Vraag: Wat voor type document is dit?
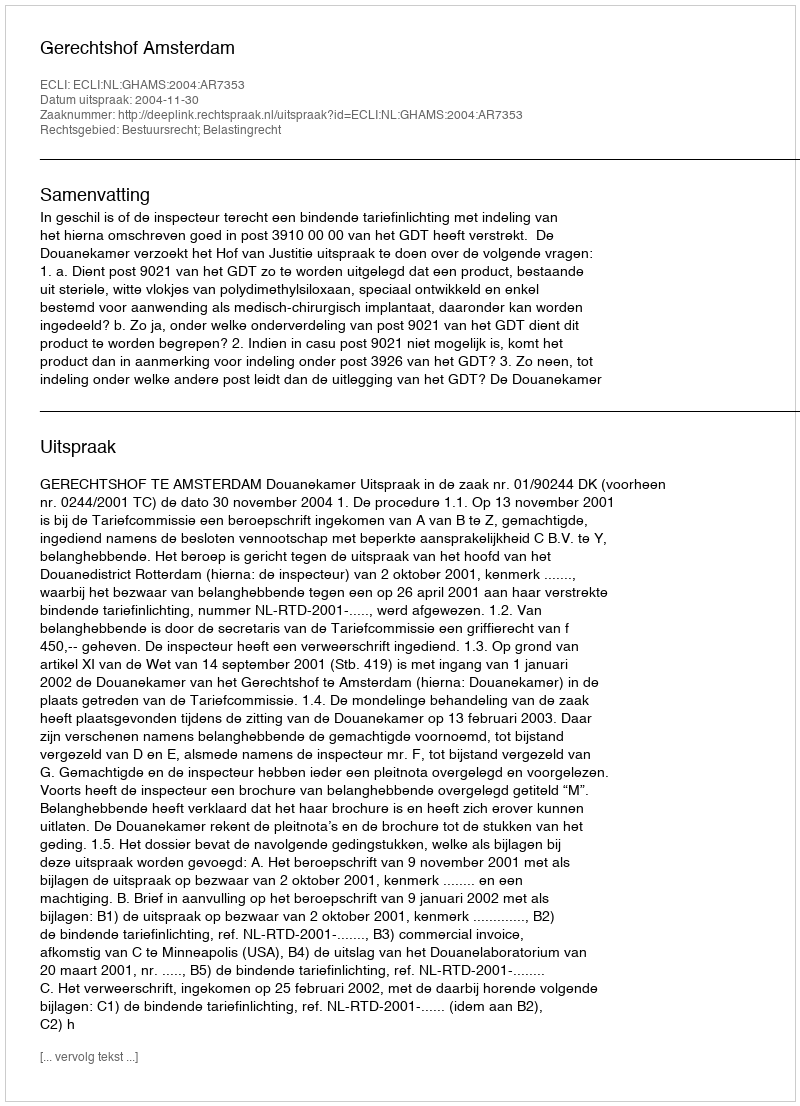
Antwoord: Uitspraak